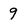
Character: 9